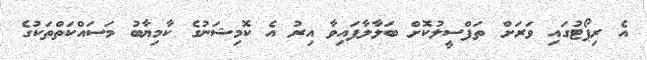
އެ ރިޕޯޓުގައި ވަރަށް ތަފްސީލުކޮށް ބަލާލާފައިވާ އިރު އެ ކޮމިޝަނުގެ ކާމިޔާބު މަސައްކަތްތަކުގެ